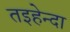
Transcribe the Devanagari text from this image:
तइहेन्दा